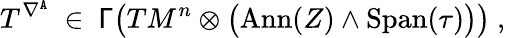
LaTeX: T^{\nabla^{\mathtt{A}}}\ \in\ \mathsf{\Gamma}\bigl(TM^{n}\otimes\big(\mathrm{Ann}(Z)\wedge\mathrm{Span}(\tau)\big)\bigr)\ ,